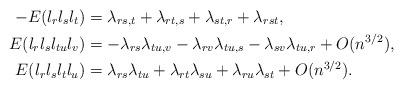
LaTeX: \begin{align*}-E(l_rl_sl_t)&=\lambda_{rs,t}+\lambda_{rt,s}+\lambda_{st,r}+\lambda_{rst},\\E(l_rl_sl_{tu}l_v)&=-\lambda_{rs}\lambda_{tu,v}-\lambda_{rv}\lambda_{tu,s}-\lambda_{sv}\lambda_{tu,r}+O(n^{3/2}),\\E(l_rl_sl_tl_u)&=\lambda_{rs}\lambda_{tu}+\lambda_{rt}\lambda_{su}+\lambda_{ru}\lambda_{st}+O(n^{3/2}).\end{align*}